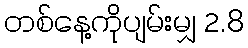
တစ်နေ့ကိုပျမ်းမျှ 2.8